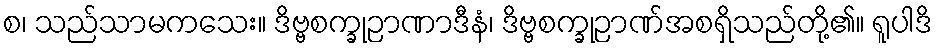
စ၊ သည်သာမကသေး။ ဒိဗ္ဗစက္ခုဉာဏာဒီနံ၊ ဒိဗ္ဗစက္ခုဉာဏ်အစရှိသည်တို့၏။ ရူပါဒိ